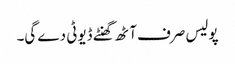
پولیس صرف آٹھ گھنٹے ڈیوٹی دے گی۔